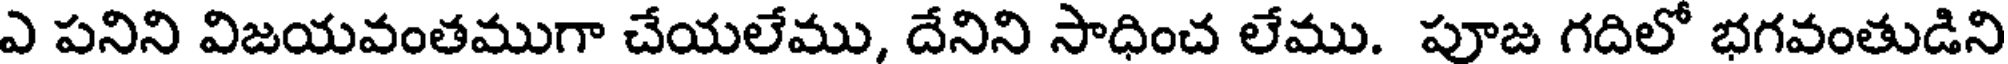
ఎ పనిని విజయవంతముగా చేయలేము, దేనిని సాధించ లేము. పూజ గదిలో భగవంతుడిని